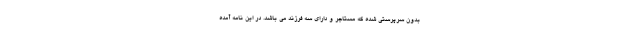
بدون سرپرستی شده که مستاجر و دارای سه فرزند می باشد. در این نامه آمده